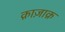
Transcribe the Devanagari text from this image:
क़ाज़ाक़